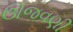
ઊજવણી